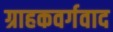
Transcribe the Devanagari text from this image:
ग्राहकवर्गवाद